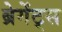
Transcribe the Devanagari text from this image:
ब्रेगेंट्स